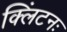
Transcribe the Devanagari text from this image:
क्लिंटनः